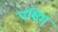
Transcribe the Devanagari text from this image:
पश्चिम्